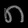
Digit: ၈